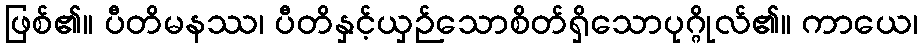
ဖြစ်၏။ ပီတိမနဿ၊ ပီတိနှင့်ယှဉ်သောစိတ်ရှိသောပုဂ္ဂိုလ်၏။ ကာယေ၊